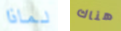
لماذا هناك